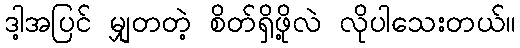
ဒါ့အပြင် မျှတတဲ့ စိတ်ရှိဖို့လဲ လိုပါသေးတယ်။